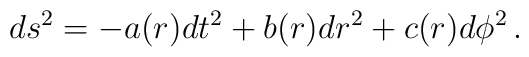
ds^{2} = -a(r)dt^{2} + b(r)dr^{2} + c(r)d\phi^{2} \,.